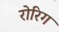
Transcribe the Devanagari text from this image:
रोरिग